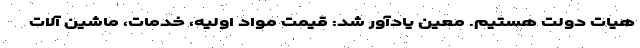
هیات دولت هستیم. معین یادآور شد: قیمت مواد اولیه، خدمات، ماشین آلات